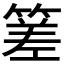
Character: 𥰭